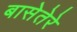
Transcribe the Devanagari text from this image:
बासेतेरे